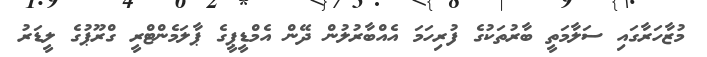
މުޒާހަރާގައި ސަލާމަތީ ބާރުތަކުގެ ފުރިހަމަ އެއްބާރުލުން ދޭން އެމްޑީޕީގެ ޕާލަމެންޓްރީ ގްރޫޕުގެ ލީޑަރު